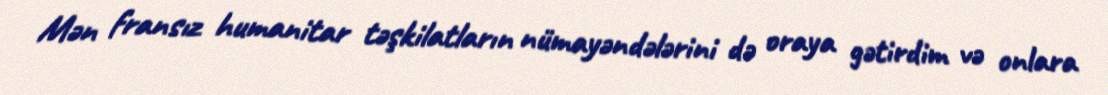
Mən fransız humanitar təşkilatların nümayəndələrini də oraya gətirdim və onlara